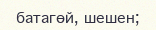
батагөй, шешен;